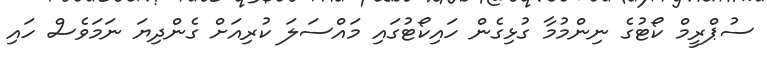
ސުޕްރީމް ކޯޓުގެ ނިންމުމާ ގުޅިގެން ހައިކޯޓުގައި މައްސަލަ ކުރިއަށް ގެންދިޔަ ނަމަވެސް ހައި